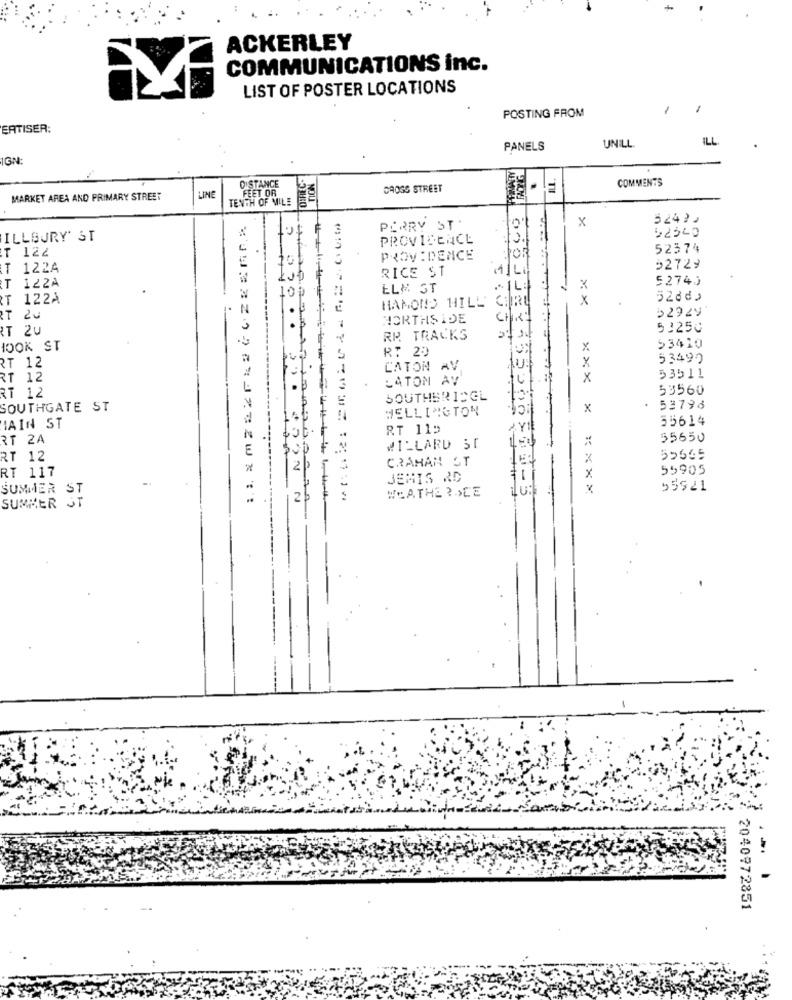
ACKERLEY
COMMUNICATIONS inc.
LIST OF POSTER LOCATIONS
1
POSTING FROM
EATISER:
ILL
PANELS
UNILL
IGN:
COMMENTS
CROSS STREET
MARKET AREA AND PRIMARY STREET
LINE
TENTH OF MILE
FLET OR
x
32430
PERRY ST.
ILLØJRY' ST
PROVIDENCE
3.
52340
52374
T 122
10
PROVIDENCE
T 122A
RICE ST
(4)L
52729
T 122A
5274)
10
ELM GT
RT 122A
HAMOND HILL CIRU
x
Xx
≥2924
RT 20
NORTHSIDE
CHRI
RT 20
230 ..
53250
RR TRACKS
HOOK ST
R: 20
53410
53490
RT 12
1
LATON AV
RT 12
LATON AV
X
53511
53560
RT 12
SOUTHERICGL
SOUTHGATE ST
WELLINGTON
8495000
x
53798
55614
IAIN ST
RT 115
RT 2A
55650
WILLARD ST
RT 12
CRAHAN ST
X
55665
RT 117
55905
JEMIS RD
x
SUMMER ST
WEATHERDEE
55921
2
SUMMER ST
2040972851